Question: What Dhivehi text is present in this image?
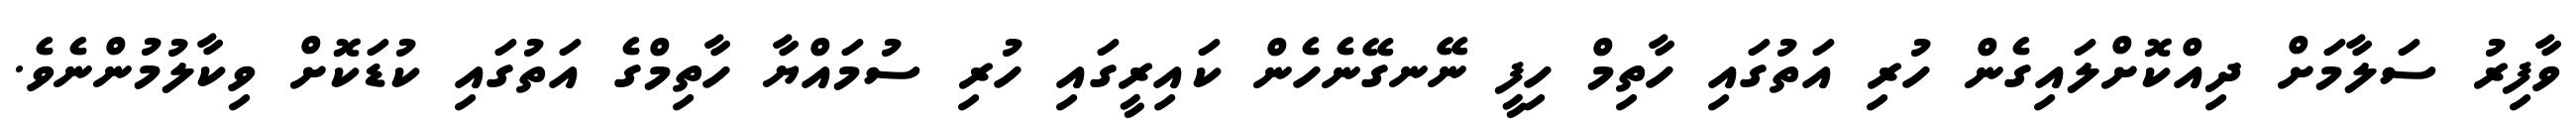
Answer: ވާފިރު ސަލާމަށް ދިއްކޮށްލައިގެން ހުރި އަތުގައި ހާތިމް ހިފީ ނޭނގޭނެހެން ކައިރީގައި ހުރި ސުމައްޔާ ހާތިމްގެ އަތުގައި ކުޑަކޮށް ވިކާލުމުންނެވެ.